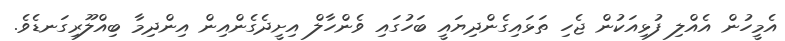
އެމީހުން އެއްލި ފުޅިއަކުން ޖެހި ތަޅައިގެންދިޔައީ ބަހުގައި ވެންހާލް އިށީދެގެންއިން އިންދިމާ ބިއްލޫރިގަނޑެވެ.